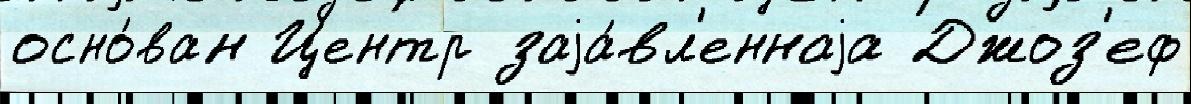
осно́ван Центр заjа́вл'еннаjа Джоз'еф